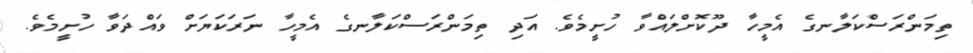
ތިމަންރަސްކަލާނގެ އެމީހާ ދޫކޮށްލައްވާ ހުށީމެވެ. އަދި ތިމަންރަސްކަލާނގެ އެމީހާ ނަރަކަޔަށް ވައްދަވާ ހުށީމެވެ.